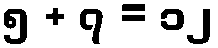
၅ + ၇ = ၁၂